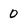
Character: 0